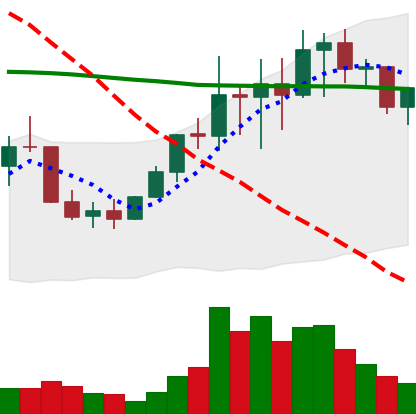
Ticker: LINK-USD
Chart end date: 2022-01-14
Forward return: -16.01%
Label: down_7plus